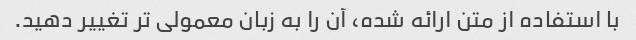
با استفاده از متن ارائه شده، آن را به زبان معمولی تر تغییر دهید.